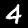
Label: 4